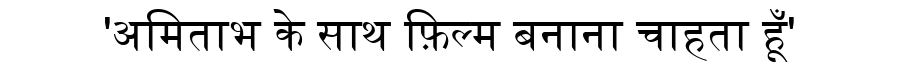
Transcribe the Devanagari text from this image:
'अमिताभ के साथ फ़िल्म बनाना चाहता हूँ'